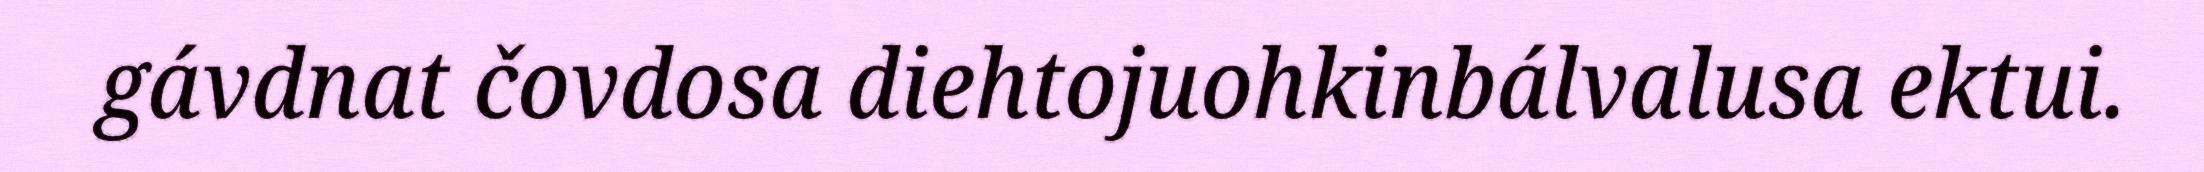
gávdnat čovdosa diehtojuohkinbálvalusa ektui.